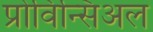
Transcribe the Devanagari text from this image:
प्रोविन्सिअल